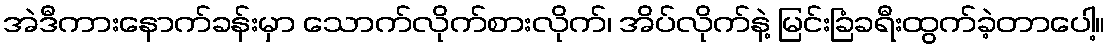
အဲဒီကားနောက်ခန်းမှာ သောက်လိုက်စားလိုက်၊ အိပ်လိုက်နဲ့ မြင်းခြံခရီးထွက်ခဲ့တာပေါ့။